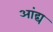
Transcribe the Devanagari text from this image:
आंद्य